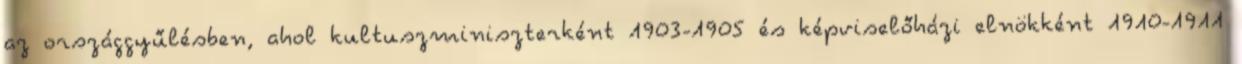
az országgyűlésben, ahol kultuszminiszterként 1903-1905 és képviselőházi elnökként 1910-1911